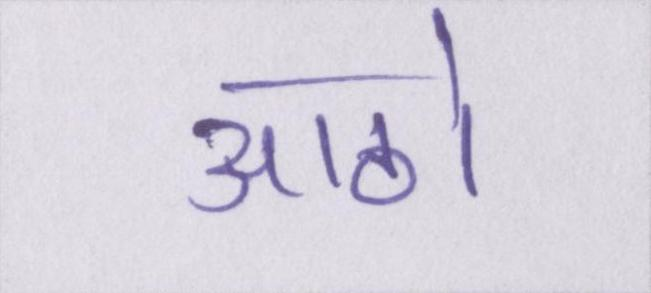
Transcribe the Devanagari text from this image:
आठो